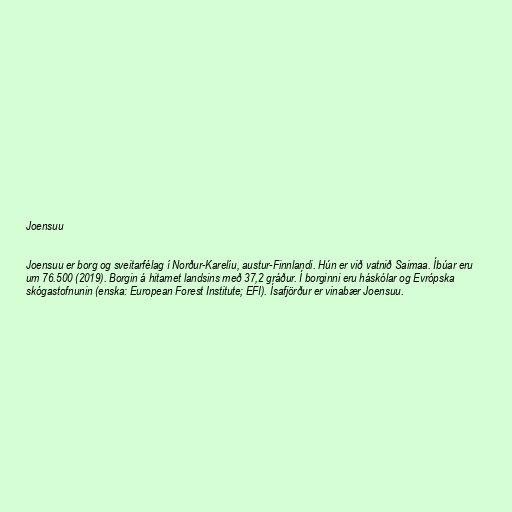
Joensuu

Joensuu er borg og sveitarfélag í Norður-Karelíu, austur-Finnlandi. Hún er við vatnið Saimaa. Íbúar eru
um 76.500 (2019). Borgin á hitamet landsins með 37,2 gráður. Í borginni eru háskólar og Evrópska
skógastofnunin (enska: European Forest Institute; EFI). Ísafjörður er vinabær Joensuu.